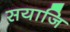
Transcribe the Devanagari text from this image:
सयाजि